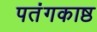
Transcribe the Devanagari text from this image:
पतंगकाष्ठ